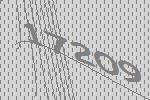
17209